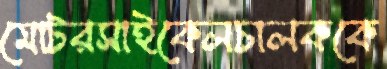
মোটরসাইকেলচালককে